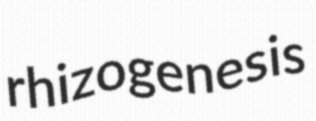
rhizogenesis